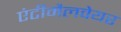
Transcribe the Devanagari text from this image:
एंटीमैलवेयर